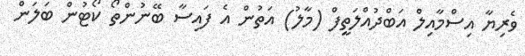
ވެރިޔާ އިސްމާއިލް އަބްދުއްލަތީފް (މާލު) އަތުން އެ ފައިސާ ބޭނުންތޯ ކޯޓުން ބަލަން